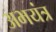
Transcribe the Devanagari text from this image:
अभयंत्र